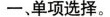
一、单项选择。